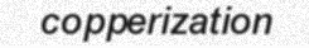
copperization